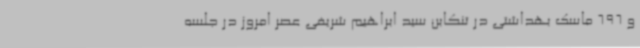
و 696 ماسک بهداشتی در تنکابن سید ابراهیم شریفی عصر امروز در جلسه